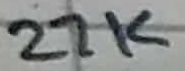
Text: 27K